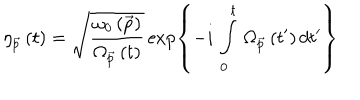
LaTeX: \eta _ { \vec { p } } \left( t \right) = \sqrt { \frac { \omega _ { 0 } \left( \vec { p } \right) } { \Omega _ { \vec { p } } \left( t \right) } } \exp \left\{ - i \, \int _ { 0 } ^ { t } \, \Omega _ { \vec { p } } \left( t ^ { \prime } \right) d t ^ { \prime } \right\}